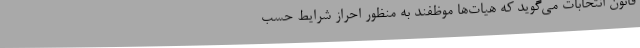
قانون انتخابات می‌گوید که هیات‌ها موظفند به منظور احراز شرایط حسب